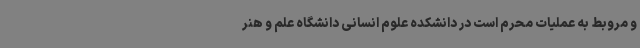
و مروبط به عملیات محرم است در دانشکده علوم انسانی دانشگاه علم و هنر